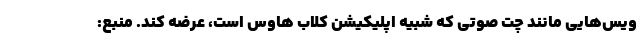
ویس‌هایی مانند چت صوتی که شبیه اپلیکیشن کلاب هاوس است، عرضه کند. منبع: